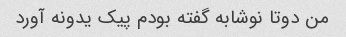
من دوتا نوشابه گفته بودم پیک یدونه آورد